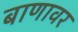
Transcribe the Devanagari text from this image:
बाणावर